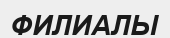
ФИЛИАЛЫ